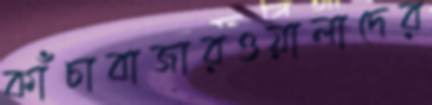
কাঁচাবাজারওয়ালাদের